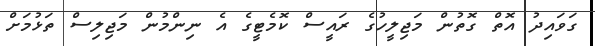
ގަވައިދު އޮތް ގޮތުން މަޖިލީހުގެ ރައީސް ކޮމެޓީގެ އެ ނިންމުން މަޖިލިސް ތަޅުމަށް